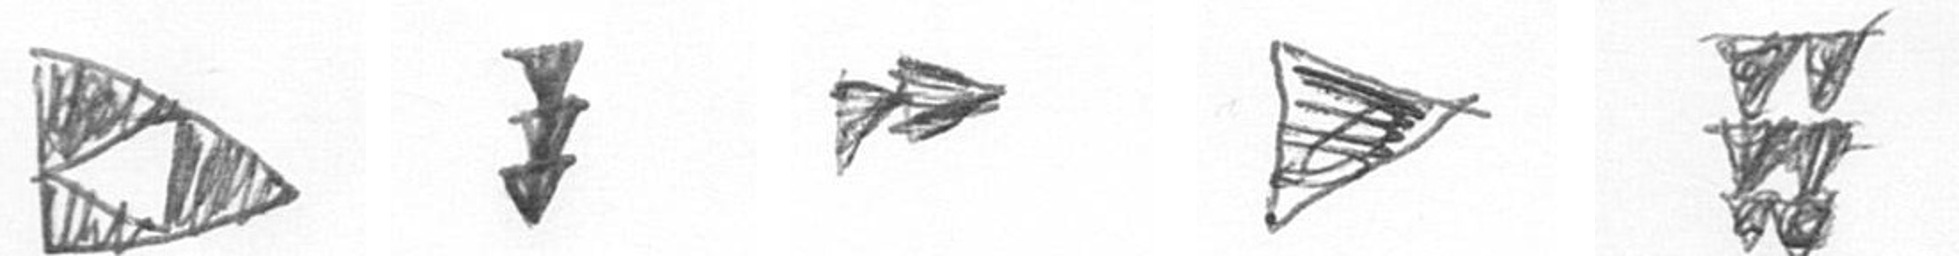
K E A T Y